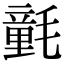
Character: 氃